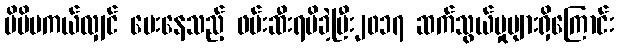
မိမိမကယ်လျှင် ပေးနေသည့် ဖမ်းဆီးရမိခဲ့ပြီး၂၀၁၇ ဆက်သွယ်မှုများရှိကြောင်း